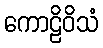
ကောဠိဝိသံ